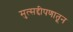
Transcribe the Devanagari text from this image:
मुत्सद्दीपणातून